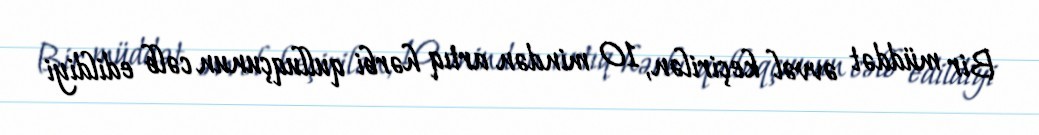
Bir müddət əvvəl keçirilən, 10 mindən artıq hərbi qulluqçunun cəlb edildiyi